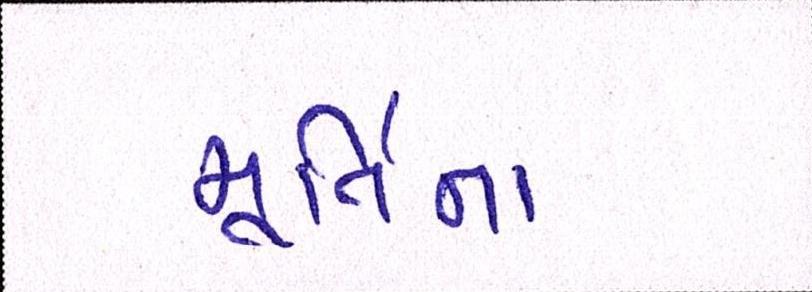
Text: મૂર્તિના